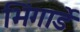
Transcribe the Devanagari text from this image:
भिंगार्डे